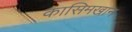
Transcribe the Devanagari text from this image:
कासिमखान